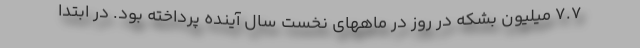
۷.۷ میلیون بشکه در روز در ماههای نخست سال آینده پرداخته بود. در ابتدا